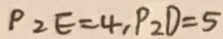
P _ { 2 } E = 4 , P _ { 2 } D = 5